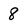
Character: 8